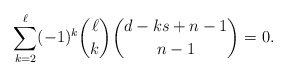
\begin{align*}\sum_{k=2}^\ell (-1)^k \binom{\ell}{k} \binom{d - k s + n-1}{n-1}=0.\end{align*}